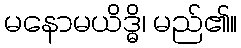
မနောမယိဒ္ဓိ၊ မည်၏။